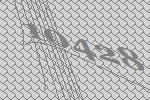
10428